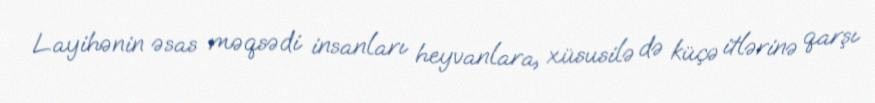
Layihənin əsas məqsədi insanları heyvanlara, xüsusilə də küçə itlərinə qarşı